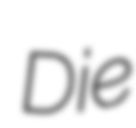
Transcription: Die